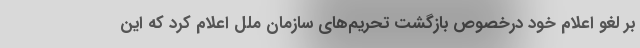
بر لغو اعلام خود درخصوص بازگشت تحریم‌های سازمان ملل اعلام کرد که این